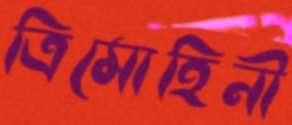
ত্রিমোহিনী